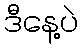
ဒီနေ့ပဲ